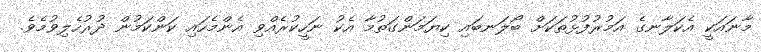
މާނައަކީ އެކަލާނގެ އަމުރުފުޅުތަކަށް ބޯލަނބައި ކިޔަމަންގަތުމާ އެކު ނަހީކުރެއްވި އެންމެހައި ކަންކަމުން ދުރުހެލިވުމެވެ.